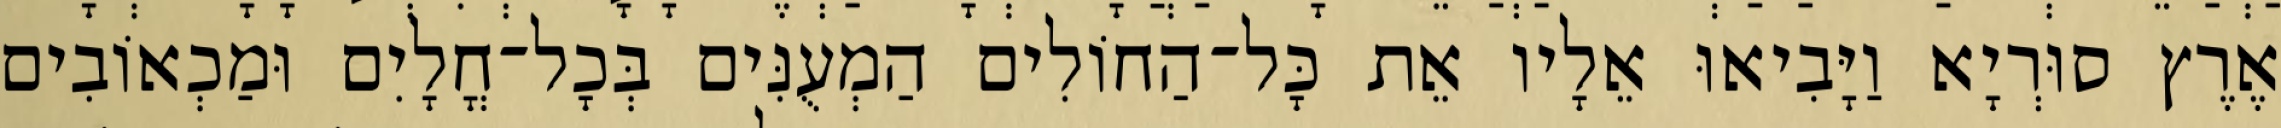
אֶרֶץ סוּרְיָא וַיָּבִיאוּ אֵלָיו אֵת כָּל־הַחוֹלִים הַמְעֻנִּים בְּכָל־חֳלָיִם וּמַכְאוֹבִים